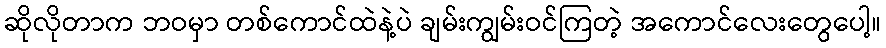
ဆိုလိုတာက ဘဝမှာ တစ်ကောင်ထဲနဲ့ပဲ ချမ်းကျွမ်းဝင်ကြတဲ့ အကောင်လေးတွေပေါ့။